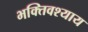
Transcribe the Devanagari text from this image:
भक्तिवश्याय